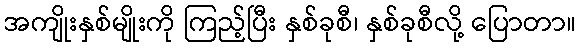
အကျိုးနှစ်မျိုးကို ကြည့်ပြီး နှစ်ခုစီ၊ နှစ်ခုစီလို့ ပြောတာ။